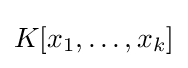
K[x_{1},\ldots ,x_{k}]